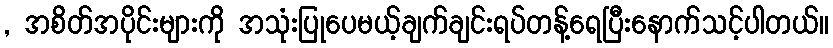
, အစိတ်အပိုင်းများကို အသုံးပြုပေမယ့်ချက်ချင်းရပ်တန့်ရေပြီးနောက်သင့်ပါတယ်။